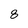
Character: 8